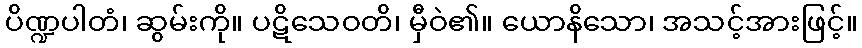
ပိဏ္ဍပါတံ၊ ဆွမ်းကို။ ပဋိသေဝတိ၊ မှီဝဲ၏။ ယောနိသော၊ အသင့်အားဖြင့်။